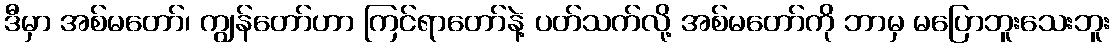
ဒီမှာ အစ်မတော်၊ ကျွန်တော်ဟာ ကြင်ရာတော်နဲ့ ပတ်သက်လို့ အစ်မတော်ကို ဘာမှ မပြောဘူးသေးဘူး